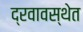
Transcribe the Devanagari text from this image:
द्रवावस्थेत